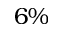
6 \%